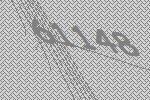
61148